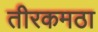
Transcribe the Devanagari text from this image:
तीरकमठा